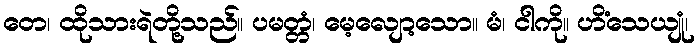
တေ၊ ထိုသားရဲတို့သည်။ ပမတ္တံ၊ မေ့လျော့သော။ မံ၊ ငါကို။ ဟိံသေယျုံ၊